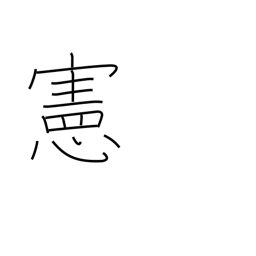
Meaning: law